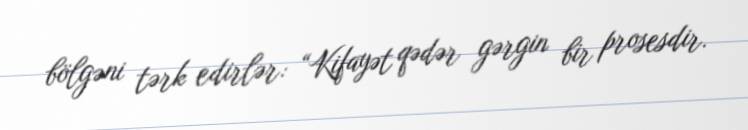
bölgəni tərk edirlər: “Kifayət qədər gərgin bir prosesdir.